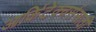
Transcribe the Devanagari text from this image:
आर्किटेक्चर्ससाठी